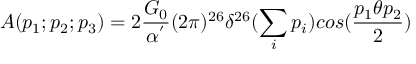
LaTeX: A ( p _ { 1 } ; p _ { 2 } ; p _ { 3 } ) = 2 \frac { G _ { 0 } } { \alpha ^ { ' } } ( 2 \pi ) ^ { 2 6 } \delta ^ { 2 6 } ( \sum _ { i } p _ { i } ) c o s ( \frac { p _ { 1 } \theta p _ { 2 } } { 2 } )